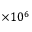
\times 1 0 ^ { 6 }